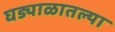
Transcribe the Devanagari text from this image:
घड्याळातल्या